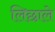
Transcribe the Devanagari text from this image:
लिछाले